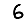
Digit: 6